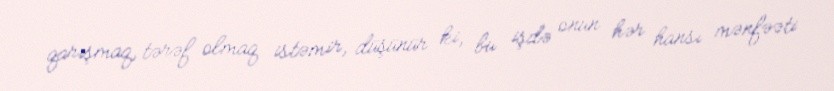
qarışmaq, tərəf olmaq istəmir, düşünür ki, bu işdə onun hər hansı mənfəəti